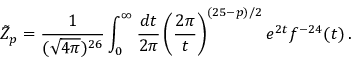
\tilde { Z } _ { p } = \frac { 1 } { ( \sqrt { 4 \pi } ) ^ { 2 6 } } \int _ { 0 } ^ { \infty } \frac { d t } { 2 \pi } \left( \frac { 2 \pi } { t } \right) ^ { ( 2 5 - p ) / 2 } e ^ { 2 t } f ^ { - 2 4 } ( t ) \, .